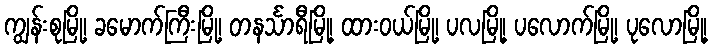
ကျွန်းစုမြို့၊ ခမောက်ကြီးမြို့၊ တနင်္သာရီမြို့၊ ထားဝယ်မြို့၊ ပလမြို့၊ ပလောက်မြို့၊ ပုလောမြို့၊